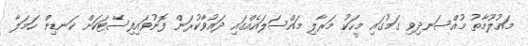
މައުލޫމާތު މުއްސަނދިވި ގަމުގައި މީހަކު މަރާލި މައްސަލައެއްގައި ދައުވާކުރަން ފޮނުވައިފިސޭޓަކަށް ކަނޑިން ހަމަލާ